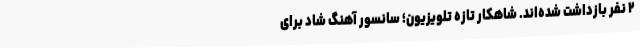
۲ نفر بازداشت شده‌اند. شاهکار تازه تلویزیون؛ سانسور آهنگ شاد برای